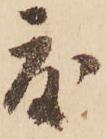
度